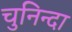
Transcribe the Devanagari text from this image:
चुनिन्‍दा